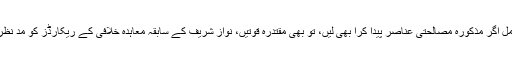
یہ اشتراک عمل اگر مذکورہ مصالحتی عناصر پیدا کرا بھی لیں، تو بھی مقتدرہ قوتیں، نواز شریف کے سابقہ معاہدہ خلافی کے ریکارڈز کو مد نظر رکھیں گے۔